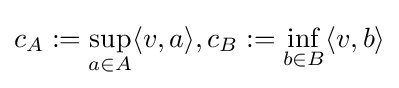
c_{A}:=\sup _{a\in A}\langle v,a\rangle ,c_{B}:=\inf _{b\in B}\langle v,b\rangle